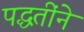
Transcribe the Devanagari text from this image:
पद्धतींने